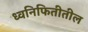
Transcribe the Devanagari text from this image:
ध्वनिफितीतील